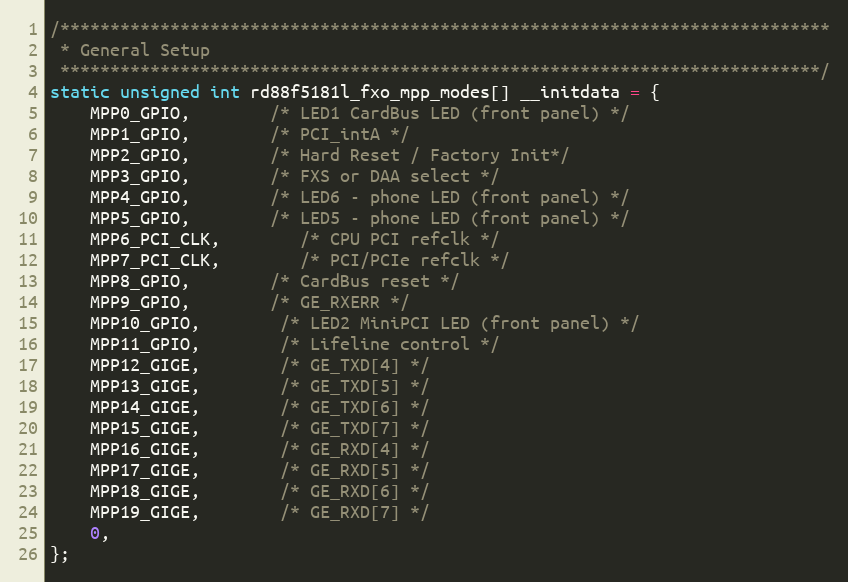
Language: C
/*****************************************************************************
 * General Setup
 ****************************************************************************/
static unsigned int rd88f5181l_fxo_mpp_modes[] __initdata = {
	MPP0_GPIO,		/* LED1 CardBus LED (front panel) */
	MPP1_GPIO,		/* PCI_intA */
	MPP2_GPIO,		/* Hard Reset / Factory Init*/
	MPP3_GPIO,		/* FXS or DAA select */
	MPP4_GPIO,		/* LED6 - phone LED (front panel) */
	MPP5_GPIO,		/* LED5 - phone LED (front panel) */
	MPP6_PCI_CLK,		/* CPU PCI refclk */
	MPP7_PCI_CLK,		/* PCI/PCIe refclk */
	MPP8_GPIO,		/* CardBus reset */
	MPP9_GPIO,		/* GE_RXERR */
	MPP10_GPIO,		/* LED2 MiniPCI LED (front panel) */
	MPP11_GPIO,		/* Lifeline control */
	MPP12_GIGE,		/* GE_TXD[4] */
	MPP13_GIGE,		/* GE_TXD[5] */
	MPP14_GIGE,		/* GE_TXD[6] */
	MPP15_GIGE,		/* GE_TXD[7] */
	MPP16_GIGE,		/* GE_RXD[4] */
	MPP17_GIGE,		/* GE_RXD[5] */
	MPP18_GIGE,		/* GE_RXD[6] */
	MPP19_GIGE,		/* GE_RXD[7] */
	0,
};